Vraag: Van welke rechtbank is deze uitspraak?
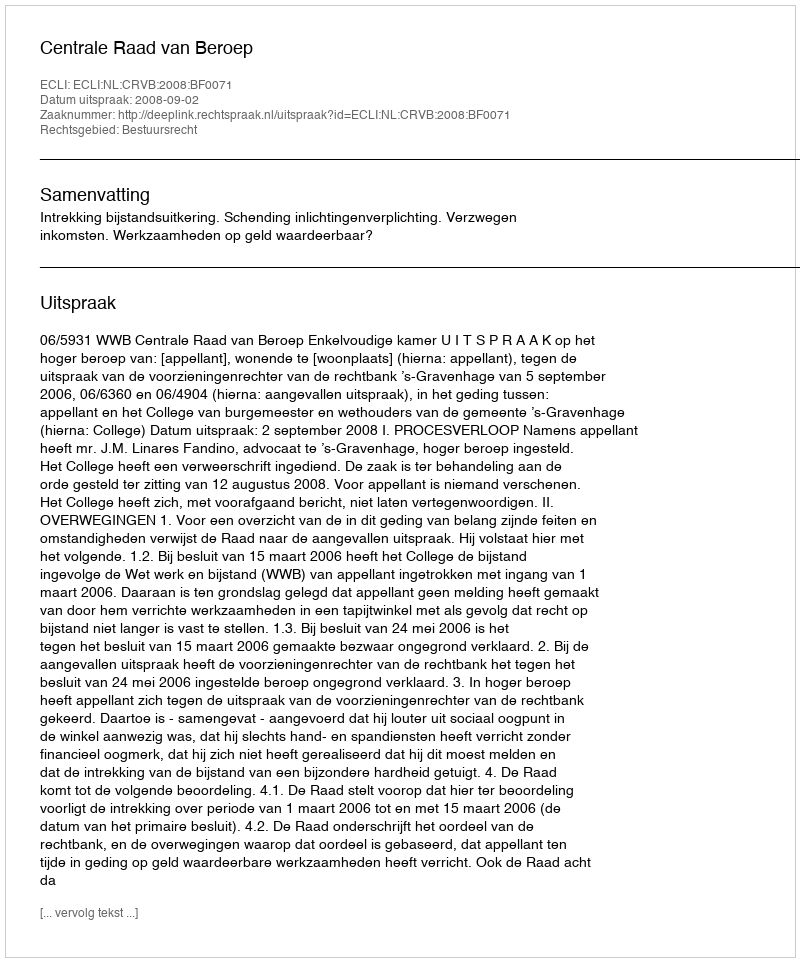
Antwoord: Centrale Raad van Beroep